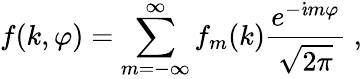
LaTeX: f(k,\varphi)=\sum_{m=-\infty}^{\infty}f_{m}(k){\frac{e^{-\dot{\imath}m\varphi}}{\sqrt{2\pi}}}\; ,